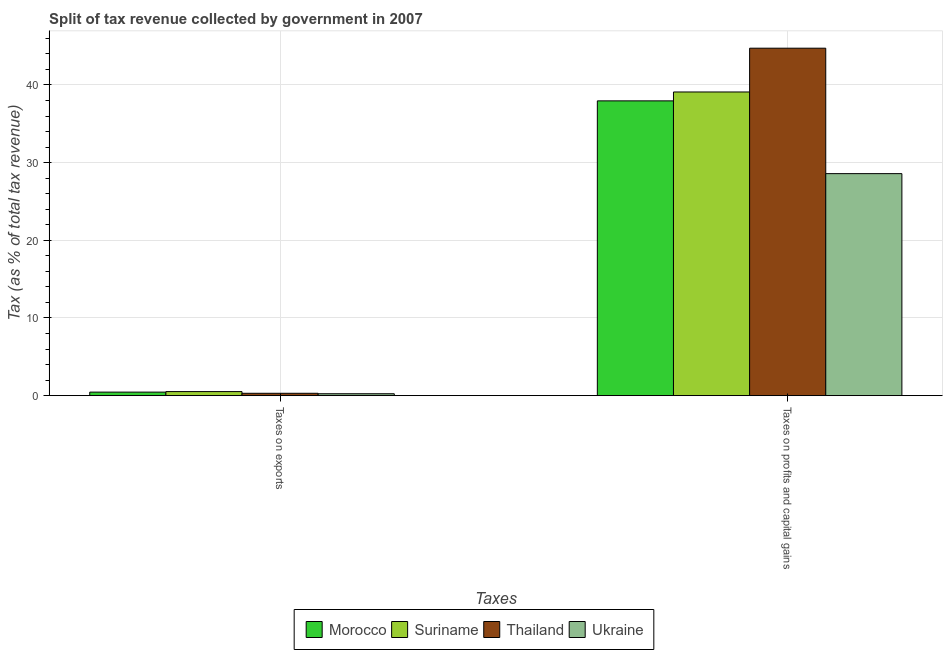
| Taxes | Morocco | Suriname | Thailand | Ukraine |
 | --- | --- | --- | --- | --- |
 | Taxes on exports | 0.453 | 0.523 | 0.303 | 0.245 |
 | Taxes on profits and capital gains | 38 | 39.1 | 44.7 | 28.6 |